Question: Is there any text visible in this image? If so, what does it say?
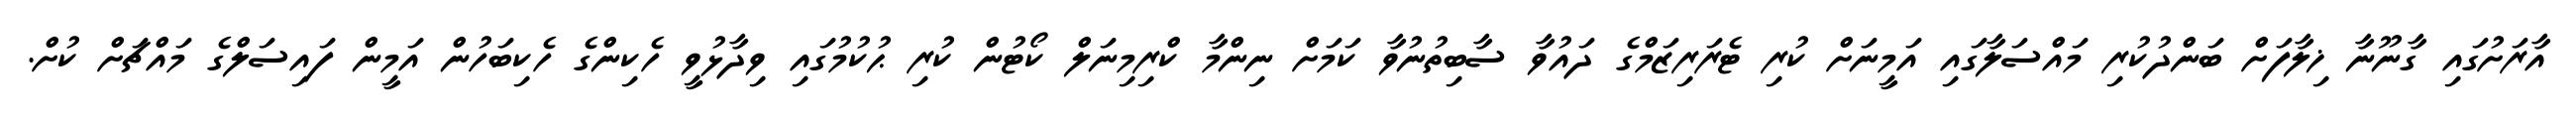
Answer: އާރަށުގައި ގާނޫނާ ޚިލާފަށް ބަންދުކުރި މައްސަލާގައި އަމީނަށް ކުރި ޓެރަރިޒަމްގެ ދައުވާ ސާބިތުނުވާ ކަމަށް ނިންމާ ކްރިމިނަލް ކޯޓުން ކުރި ޙުކުމުގައި ވިދާޅުވީ ހެކިންގެ ހެކިބަހުން އަމީން ފައިސަލްގެ މައްޗަށް ކުށް.